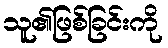
သူ၏ဖြစ်ခြင်းကို